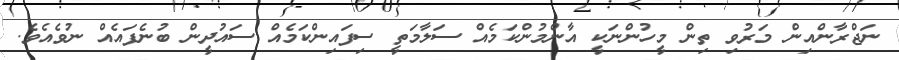
ނަޖްރާންއިން މަރުވި ތިން މީހުންނަކީ އާންމުންކަމެއް ސަލާމަތީ ސިފައިންކަމެއް ސައުދީން ބުނެފައެއް ނުވެއެވެ.